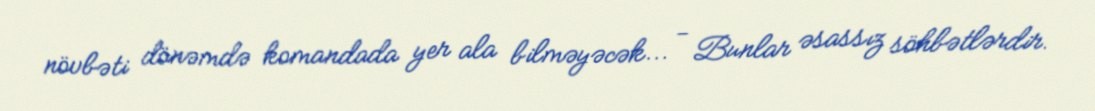
növbəti dönəmdə komandada yer ala bilməyəcək... - Bunlar əsassız söhbətlərdir.